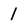
Character: 1